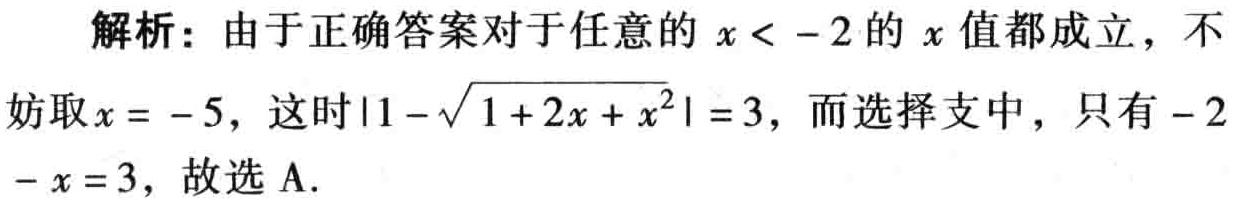
解析：由于正确答案对于任意的 \(x < -2\) 的 \(x\) 值都成立，不妨取 \(x = - 5\)，这时\(\vert1-\sqrt{1 + 2x + x^{2}}\vert = 3\)，而选择支中，只有 \(-2 - x = 3\)，故选 A.